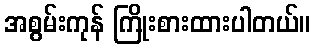
အစွမ်းကုန် ကြိုးစားထားပါတယ်။